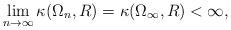
LaTeX: \begin{align*}\lim_{n \rightarrow \infty} \kappa(\Omega_n,R) = \kappa(\Omega_\infty, R)< \infty,\end{align*}